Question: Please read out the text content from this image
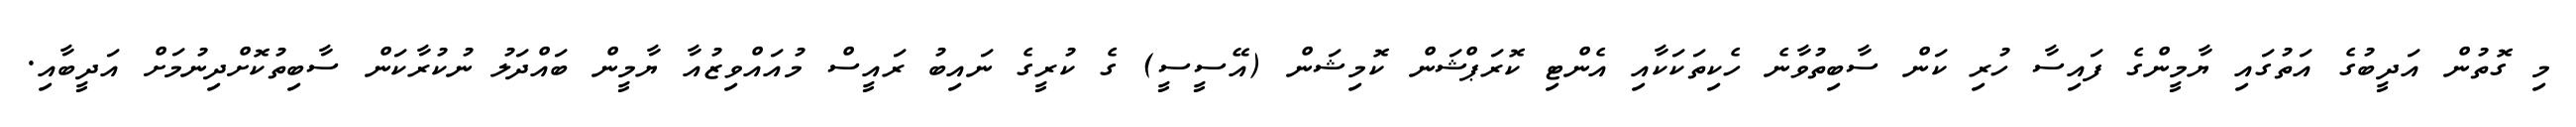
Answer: މި ގޮތުން އަދީބުގެ އަތުގައި ޔާމީންގެ ފައިސާ ހުރި ކަން ސާބިތުވާނެ ހެކިތަކަކާއި އެންޓި ކޮރަޕްޝަން ކޮމިޝަން (އޭސީސީ) ގެ ކުރީގެ ނައިބު ރައީސް މުއައްވިޒުއާ ޔާމީން ބައްދަލު ނުކުރާކަން ސާބިތުކޮށްދިނުމަށް އަދީބާއި.